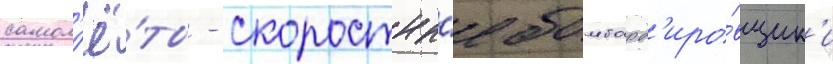
самол'ё́ты - скоростны́е бомбард'иро́вщик'и